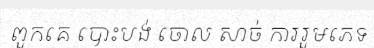
ពួកគេ បោះបង់ ចោល សាច់ ការរួមភេទ